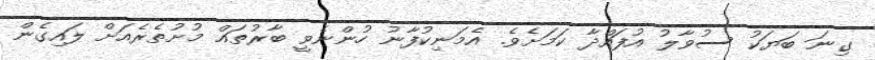
ގިނަ ބަޔަކު ސުވާލު އުފައްދާ ކަމަށެވެ. އެމަނިކުފާނު ހުންނެވީ ބާރުތައް މުށުތެރެއަށް ލައިގެން